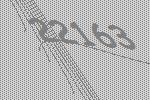
22163